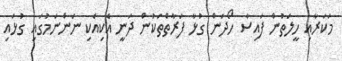
މަކަރާއި ހީލަތުން ފައިސާ ހޯދަން ގުޅާ ފަރާތްތަކުން ދަނީ އެކިއެކި ނަންނަމުގައި ގުޅައި